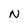
Character: N